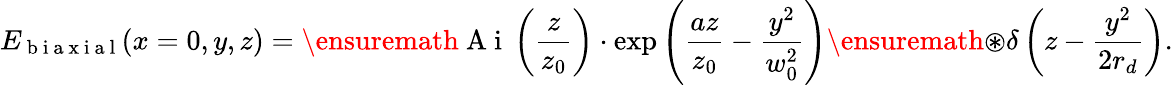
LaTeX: E_{\mathrm{~b~i~a~x~i~a~l~}}(x=0,y,z)=\ensuremath{\mathrm{~A~i~}}\left(\frac{z}{z_{0}}\right)\cdot\exp\left(\frac{az}{z_{0}}-\frac{y^{2}}{w_{0}^{2}}\right)\ensuremath{\circledast}\delta\left(z-\frac{y^{2}}{2r_{d}}\right).